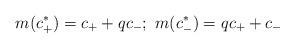
LaTeX: \begin{align*}m(c^*_+)=c_++qc_-;\ m(c^*_-)=qc_++c_-\end{align*}